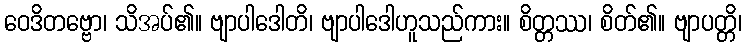
ဝေဒိတဗ္ဗော၊ သိအပ်၏။ ဗျာပါဒေါတိ၊ ဗျာပါဒေါဟူသည်ကား။ စိတ္တဿ၊ စိတ်၏။ ဗျာပတ္တိ၊